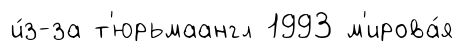
и́з-за т'юрьмаангл 1993 м'ирова́я